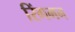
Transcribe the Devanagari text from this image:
रिंगमन